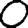
Digit: 0